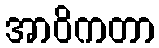
အာဝိကတာ